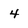
Character: 4